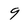
Character: 9